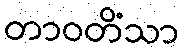
တာဝတိံသာ